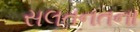
સલતનતના